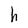
Character: h